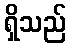
ရှိသည်